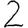
Digit: 2